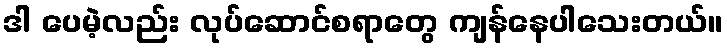
ဒါ ပေမဲ့လည်း လုပ်ဆောင်စရာတွေ ကျန်နေပါသေးတယ်။